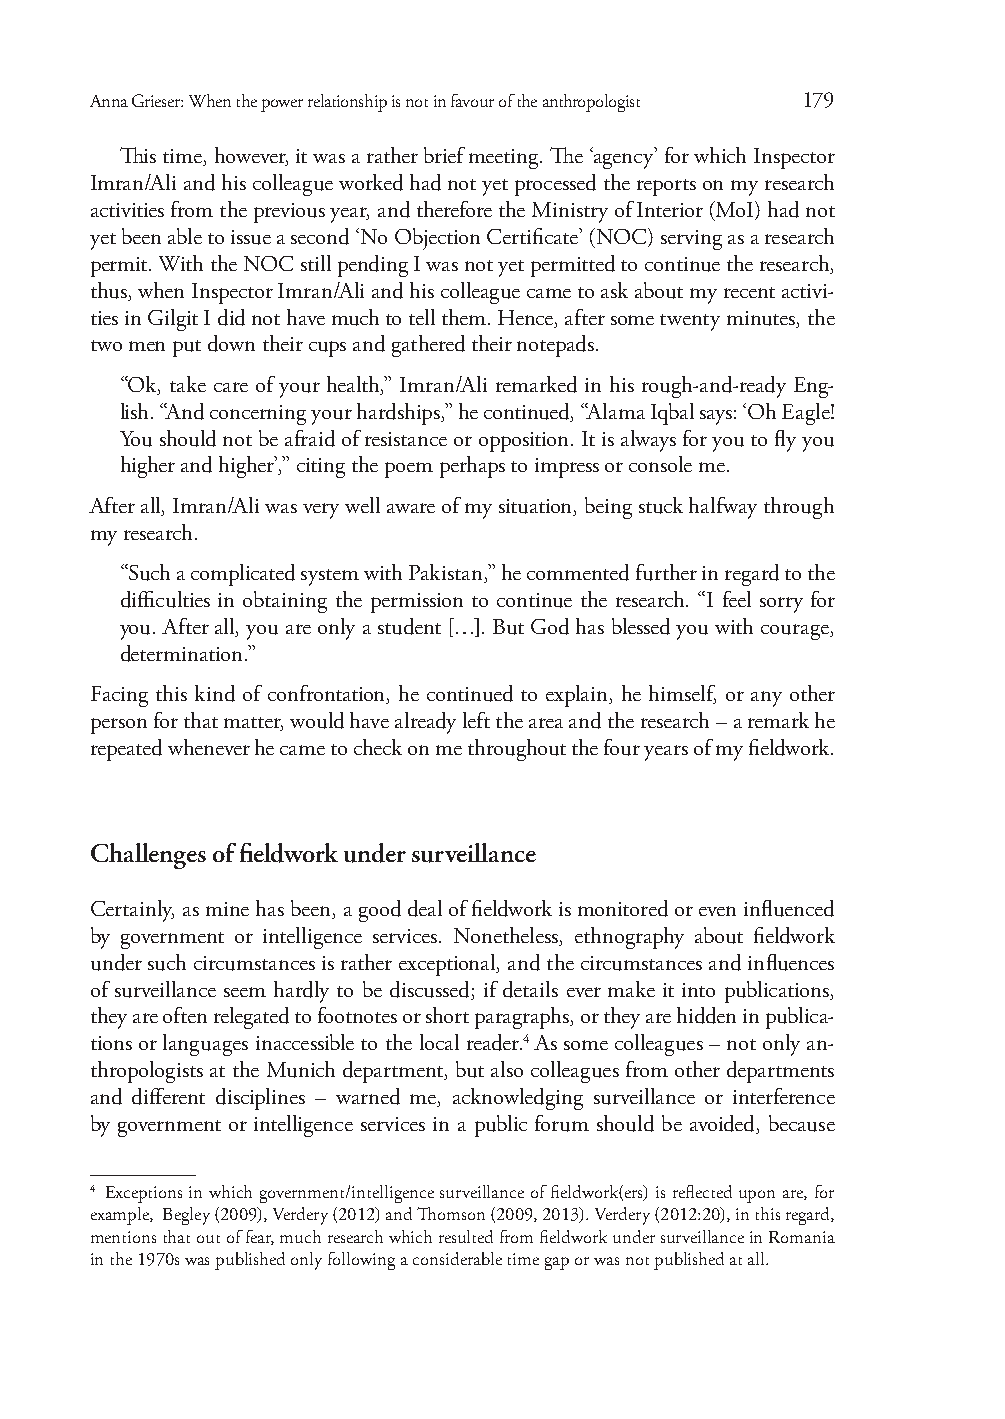
Anna Grieser: When the power relationship is not in favour of the anthropologist 179
 This time, however, it was a rather brief meeting. The ‘agency’ for which Inspector
 Imran/Ali and his colleague worked had not yet processed the reports on my research
 activities from the previous year, and therefore the Ministry of Interior (MoI) had not
 yet been able to issue a second ‘No Objection Certificate’ (NOC) serving as a research
 permit. With the NOC still pending I was not yet permitted to continue the research,
 thus, when Inspector Imran/Ali and his colleague came to ask about my recent activi-
 ties in Gilgit I did not have much to tell them. Hence, after some twenty minutes, the
 two men put down their cups and gathered their notepads.
 “Ok, take care of your health,” Imran/Ali remarked in his rough-and-ready Eng-
 lish. “And concerning your hardships,” he continued, “Alama Iqbal says: ‘Oh Eagle!
 You should not be afraid of resistance or opposition. It is always for you to fly you
 higher and higher’,” citing the poem perhaps to impress or console me.
 After all, Imran/Ali was very well aware of my situation, being stuck halfway through
 my research.
 “Such a complicated system with Pakistan,” he commented further in regard to the
 difficulties in obtaining the permission to continue the research. “I feel sorry for
 you. After all, you are only a student […]. But God has blessed you with courage,
 determination.”
 Facing this kind of confrontation, he continued to explain, he himself, or any other
 person for that matter, would have already left the area and the research – a remark he
 repeated whenever he came to check on me throughout the four years of my fieldwork.
 Challenges of fieldwork under surveillance
 Certainly, as mine has been, a good deal of fieldwork is monitored or even influenced
 by government or intelligence services. Nonetheless, ethnography about fieldwork
 under such circumstances is rather exceptional, and the circumstances and influences
 of surveillance seem hardly to be discussed; if details ever make it into publications,
 they are often relegated to footnotes or short paragraphs, or they are hidden in publica-
 tions or languages inaccessible to the local reader.4 As some colleagues – not only an-
 thropologists at the Munich department, but also colleagues from other departments
 and different disciplines – warned me, acknowledging surveillance or interference
 by government or intelligence services in a public forum should be avoided, because
 4 Exceptions in which government/intelligence surveillance of fieldwork(ers) is reflected upon are, for
 example, Begley (2009), Verdery (2012) and Thomson (2009, 2013). Verdery (2012:20), in this regard,
 mentions that out of fear, much research which resulted from fieldwork under surveillance in Romania
 in the 1970s was published only following a considerable time gap or was not published at all.